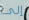
إلى